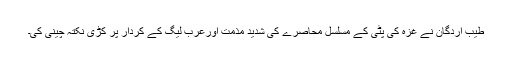
طیب اردگان نے غزہ کی پٹی کے مسلسل محاصرے کی شدید مذمت اورعرب لیگ کے کردار پر کڑی نکتہ چینی کی۔